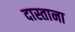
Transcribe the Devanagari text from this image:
दास्ताना